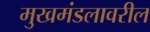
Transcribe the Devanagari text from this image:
मुखमंडलावरील